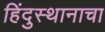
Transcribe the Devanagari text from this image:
हिंदुस्थानाचा